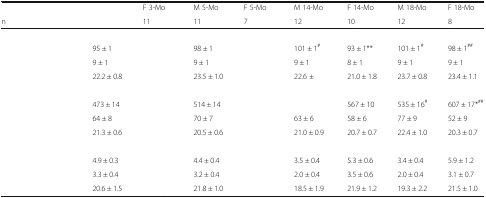
<table><thead><tr><td>[EMPTY_CELL]</td><td>[EMPTY_CELL]</td><td><b>F 3-Mo</b></td><td><b>M 5-Mo</b></td><td><b>F 5-Mo</b></td><td><b>M 14-Mo</b></td><td><b>F 14-Mo</b></td><td><b>M 18-Mo</b></td><td><b>F 18-Mo</b></td></tr><tr><td><b>n</b></td><td>[EMPTY_CELL]</td><td><b>11</b></td><td><b>11</b></td><td><b>7</b></td><td><b>12</b></td><td><b>10</b></td><td><b>12</b></td><td><b>8</b></td></tr></thead><tbody><tr><td colspan="9">[EMPTY_CELL]</td></tr><tr><td>[EMPTY_CELL]</td><td>95 ± 1</td><td>[EMPTY_CELL]</td><td>98 ± 1</td><td>[EMPTY_CELL]</td><td>101 ± 1<sup>#</sup></td><td>93 ± 1**</td><td>101 ± 1<sup>#</sup></td><td>98 ± 1<sup>##</sup></td></tr><tr><td>[EMPTY_CELL]</td><td>9 ± 1</td><td>[EMPTY_CELL]</td><td>9 ± 1</td><td>[EMPTY_CELL]</td><td>9 ± 1</td><td>8 ± 1</td><td>9 ± 1</td><td>9 ± 1</td></tr><tr><td>[EMPTY_CELL]</td><td>22.2 ± 0.8</td><td>[EMPTY_CELL]</td><td>23.5 ± 1.0</td><td>[EMPTY_CELL]</td><td>22.6 ±</td><td>21.0 ± 1.8</td><td>23.7 ± 0.8</td><td>23.4 ± 1.1</td></tr><tr><td colspan="9">[EMPTY_CELL]</td></tr><tr><td>[EMPTY_CELL]</td><td>473 ± 14</td><td>[EMPTY_CELL]</td><td>514 ± 14</td><td>[EMPTY_CELL]</td><td>[EMPTY_CELL]</td><td>567 ± 10</td><td>535 ± 16<sup>#</sup></td><td>607 ± 17*<sup>##</sup></td></tr><tr><td>[EMPTY_CELL]</td><td>64 ± 8</td><td>[EMPTY_CELL]</td><td>70 ± 7</td><td>[EMPTY_CELL]</td><td>63 ± 6</td><td>58 ± 6</td><td>77 ± 9</td><td>52 ± 9</td></tr><tr><td>[EMPTY_CELL]</td><td>21.3 ± 0.6</td><td>[EMPTY_CELL]</td><td>20.5 ± 0.6</td><td>[EMPTY_CELL]</td><td>21.0 ± 0.9</td><td>20.7 ± 0.7</td><td>22.4 ± 1.0</td><td>20.3 ± 0.7</td></tr><tr><td colspan="9">[EMPTY_CELL]</td></tr><tr><td>[EMPTY_CELL]</td><td>4.9 ± 0.3</td><td>[EMPTY_CELL]</td><td>4.4 ± 0.4</td><td>[EMPTY_CELL]</td><td>3.5 ± 0.4</td><td>5.3 ± 0.6</td><td>3.4 ± 0.4</td><td>5.9 ± 1.2</td></tr><tr><td>[EMPTY_CELL]</td><td>3.3 ± 0.4</td><td>[EMPTY_CELL]</td><td>3.2 ± 0.4</td><td>[EMPTY_CELL]</td><td>2.0 ± 0.4</td><td>3.5 ± 0.6</td><td>2.0 ± 0.4</td><td>3.1 ± 0.7</td></tr><tr><td>[EMPTY_CELL]</td><td>20.6 ± 1.5</td><td>[EMPTY_CELL]</td><td>21.8 ± 1.0</td><td>[EMPTY_CELL]</td><td>18.5 ± 1.9</td><td>21.9 ± 1.2</td><td>19.3 ± 2.2</td><td>21.5 ± 1.0</td></tr></tbody></table>